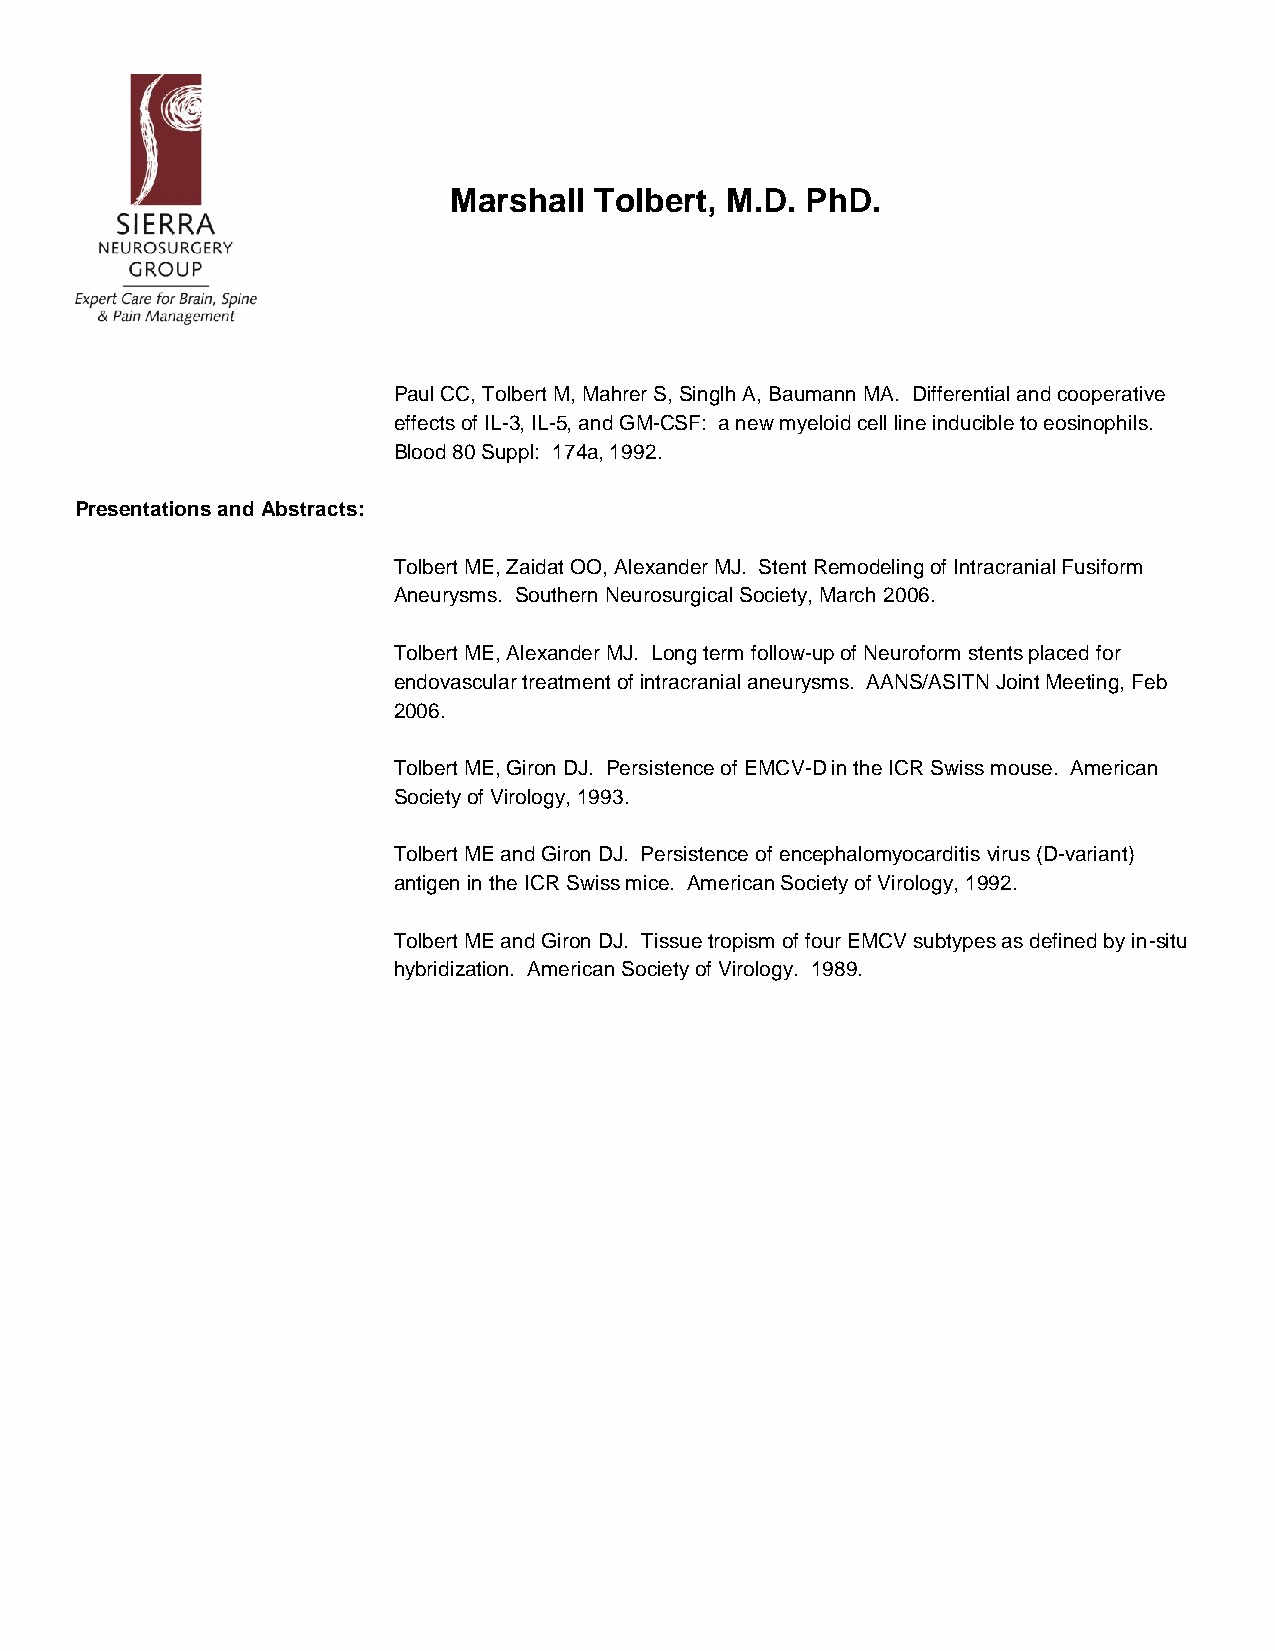
Marshall Tolbert, M.D. PhD.
 Paul CC, Tolbert M, Mahrer S, Singlh A, Baumann MA. Differential and cooperative
 effects of IL-3, IL-5, and GM-CSF: a new myeloid cell line inducible to eosinophils.
 Blood 80 Suppl: 174a, 1992.
 Presentations and Abstracts:
 Tolbert ME, Zaidat OO, Alexander MJ. Stent Remodeling of Intracranial Fusiform
 Aneurysms. Southern Neurosurgical Society, March 2006.
 Tolbert ME, Alexander MJ. Long term follow-up of Neuroform stents placed for
 endovascular treatment of intracranial aneurysms. AANS/ASITN Joint Meeting, Feb
 2006.
 Tolbert ME, Giron DJ. Persistence of EMCV-D in the ICR Swiss mouse. American
 Society of Virology, 1993.
 Tolbert ME and Giron DJ. Persistence of encephalomyocarditis virus (D-variant)
 antigen in the ICR Swiss mice. American Society of Virology, 1992.
 Tolbert ME and Giron DJ. Tissue tropism of four EMCV subtypes as defined by in-situ
 hybridization. American Society of Virology. 1989.